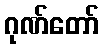
ဂုဏ်တော်